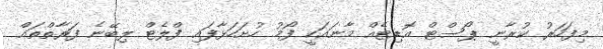
މިފަހަރު ކުރާނީ ޕޯސްޓް އޮޑިޓެއް މާނައަކީ ފޯމު ހުށަހަޅާފައި ފްލެޓް ލިބޭނެ ފަރާތްތައް